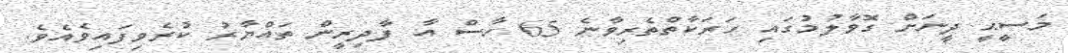
މަސީޙީ ދީނަށް ގޮވާލުމުގައި ހަރަކާތްތެރިވާނެ 65 ހާސް އާ ފާދިރީން ތައްޔާރު ކުރެވިފައިވެއެވެ.